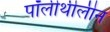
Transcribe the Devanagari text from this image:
पॉलीथीलीन